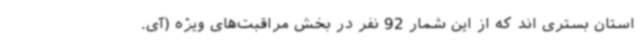
استان بستری اند که از این شمار 92 نفر در بخش مراقبت‌های ویژه (آی.